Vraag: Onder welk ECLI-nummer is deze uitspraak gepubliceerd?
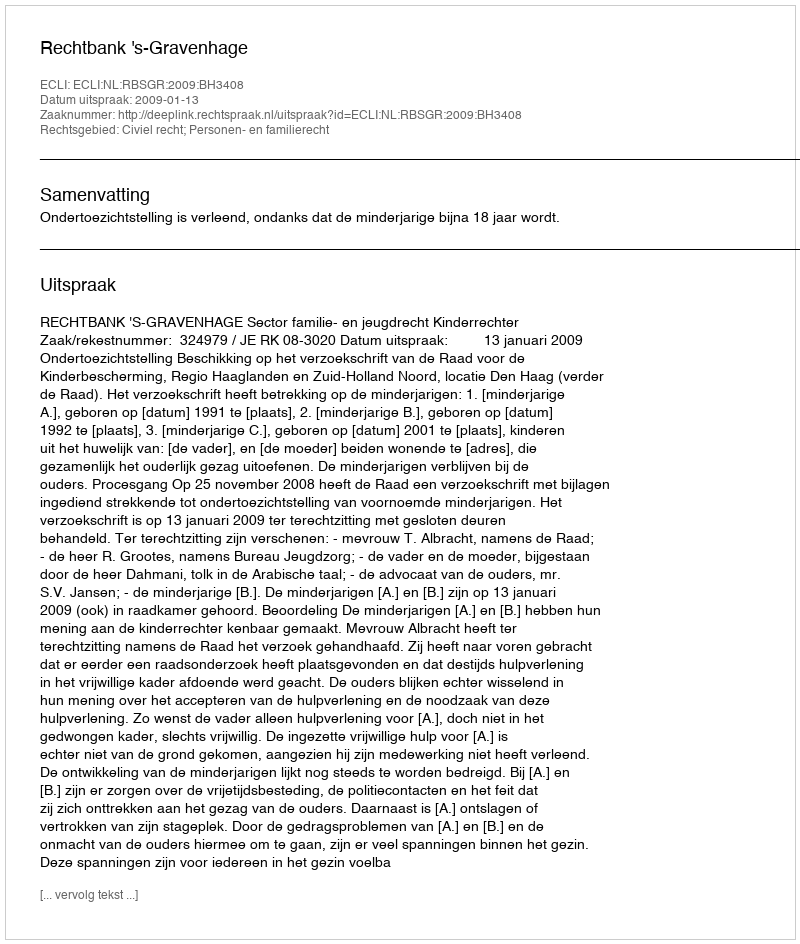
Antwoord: ECLI:NL:RBSGR:2009:BH3408